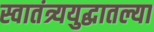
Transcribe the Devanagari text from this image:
स्वातंत्र्ययुद्धातल्या